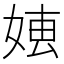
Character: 𡞍